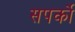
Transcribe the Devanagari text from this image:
सपर्को